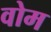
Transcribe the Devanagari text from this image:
वोम